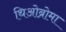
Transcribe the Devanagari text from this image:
थिओब्रोमा